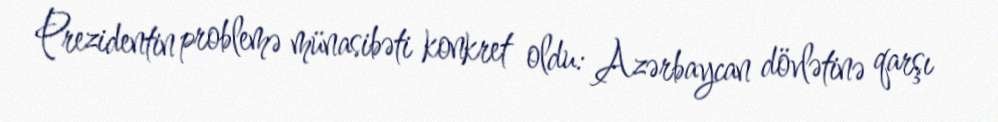
Prezidentin problemə münasibəti konkret oldu: Azərbaycan dövlətinə qarşı